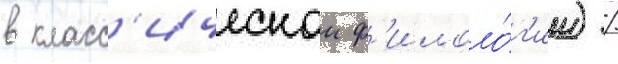
в класс'ическои ф'илоло́г'ии) /